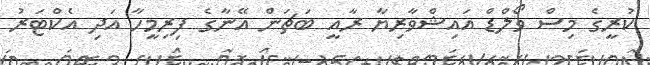
ކުރީގެ މިސް ވޯލްޑް އައިޝްވާރިޔާ ރާއީ ބަޗަން އޭނާގެ ފިރިމީހާ އަދި އެކްޓަރު